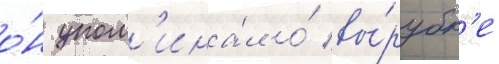
о́н упом'ина́л о́ вы́рубк'е